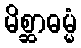
မိစ္ဆာဓမ္မံ